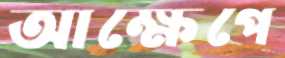
আক্ষেপে